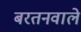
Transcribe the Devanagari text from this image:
बरतनवाले